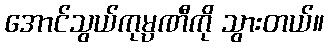
အောင်သွယ်ကုမ္ပဏီကို သွားတယ်။